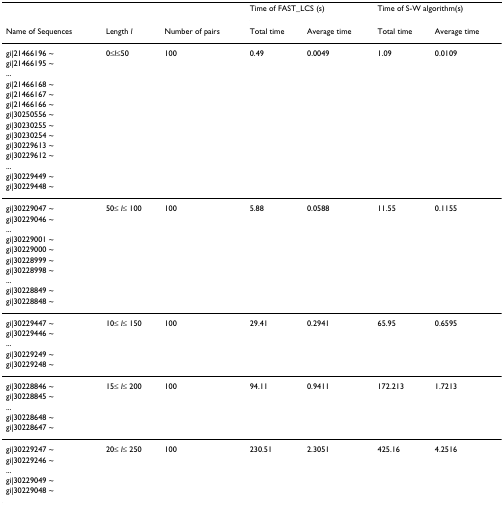
<table><thead><tr><td></td><td></td><td></td><td colspan="2"><b>Time of FAST_LCS (s)</b></td><td colspan="2"><b>Time of S-W algorithm(s)</b></td></tr><tr><td><b>Name of Sequences</b></td><td><b>Length <i>l</i></b></td><td><b>Number of pairs</b></td><td><b>Total time</b></td><td><b>Average time</b></td><td><b>Total time</b></td><td><b>Average time</b></td></tr></thead><tbody><tr><td>gi|21466196 ~</td><td>0≤<i>l</i>≤50</td><td>100</td><td>0.49</td><td>0.0049</td><td>1.09</td><td>0.0109</td></tr><tr><td>gi|21466195 ~</td><td></td><td></td><td></td><td></td><td></td><td></td></tr><tr><td>...</td><td></td><td></td><td></td><td></td><td></td><td></td></tr><tr><td>gi|21466168 ~</td><td></td><td></td><td></td><td></td><td></td><td></td></tr><tr><td>gi|21466167 ~</td><td></td><td></td><td></td><td></td><td></td><td></td></tr><tr><td>gi|21466166 ~</td><td></td><td></td><td></td><td></td><td></td><td></td></tr><tr><td>gi|30250556 ~</td><td></td><td></td><td></td><td></td><td></td><td></td></tr><tr><td>gi|30230255 ~</td><td></td><td></td><td></td><td></td><td></td><td></td></tr><tr><td>gi|30230254 ~</td><td></td><td></td><td></td><td></td><td></td><td></td></tr><tr><td>gi|30229613 ~</td><td></td><td></td><td></td><td></td><td></td><td></td></tr><tr><td>gi|30229612 ~</td><td></td><td></td><td></td><td></td><td></td><td></td></tr><tr><td>...</td><td></td><td></td><td></td><td></td><td></td><td></td></tr><tr><td>gi|30229449 ~</td><td></td><td></td><td></td><td></td><td></td><td></td></tr><tr><td>gi|30229448 ~</td><td></td><td></td><td></td><td></td><td></td><td></td></tr><tr><td>gi|30229047 ~</td><td>50≤ <i>l</i>≤ 100</td><td>100</td><td>5.88</td><td>0.0588</td><td>11.55</td><td>0.1155</td></tr><tr><td>gi|30229046 ~</td><td></td><td></td><td></td><td></td><td></td><td></td></tr><tr><td>...</td><td></td><td></td><td></td><td></td><td></td><td></td></tr><tr><td>gi|30229001 ~</td><td></td><td></td><td></td><td></td><td></td><td></td></tr><tr><td>gi|30229000 ~</td><td></td><td></td><td></td><td></td><td></td><td></td></tr><tr><td>gi|30228999 ~</td><td></td><td></td><td></td><td></td><td></td><td></td></tr><tr><td>gi|30228998 ~</td><td></td><td></td><td></td><td></td><td></td><td></td></tr><tr><td>...</td><td></td><td></td><td></td><td></td><td></td><td></td></tr><tr><td>gi|30228849 ~</td><td></td><td></td><td></td><td></td><td></td><td></td></tr><tr><td>gi|30228848 ~</td><td></td><td></td><td></td><td></td><td></td><td></td></tr><tr><td>gi|30229447 ~</td><td>10≤ <i>l</i>≤ 150</td><td>100</td><td>29.41</td><td>0.2941</td><td>65.95</td><td>0.6595</td></tr><tr><td>gi|30229446 ~</td><td></td><td></td><td></td><td></td><td></td><td></td></tr><tr><td>...</td><td></td><td></td><td></td><td></td><td></td><td></td></tr><tr><td>gi|30229249 ~</td><td></td><td></td><td></td><td></td><td></td><td></td></tr><tr><td>gi|30229248 ~</td><td></td><td></td><td></td><td></td><td></td><td></td></tr><tr><td>gi|30228846 ~</td><td>15≤ <i>l</i>≤ 200</td><td>100</td><td>94.11</td><td>0.9411</td><td>172.213</td><td>1.7213</td></tr><tr><td>gi|30228845 ~</td><td></td><td></td><td></td><td></td><td></td><td></td></tr><tr><td>...</td><td></td><td></td><td></td><td></td><td></td><td></td></tr><tr><td>gi|30228648 ~</td><td></td><td></td><td></td><td></td><td></td><td></td></tr><tr><td>gi|30228647 ~</td><td></td><td></td><td></td><td></td><td></td><td></td></tr><tr><td>gi|30229247 ~</td><td>20≤ <i>l</i>≤ 250</td><td>100</td><td>230.51</td><td>2.3051</td><td>425.16</td><td>4.2516</td></tr><tr><td>gi|30229246 ~</td><td></td><td></td><td></td><td></td><td></td><td></td></tr><tr><td>...</td><td></td><td></td><td></td><td></td><td></td><td></td></tr><tr><td>gi|30229049 ~</td><td></td><td></td><td></td><td></td><td></td><td></td></tr><tr><td>gi|30229048 ~</td><td></td><td></td><td></td><td></td><td></td><td></td></tr></tbody></table>